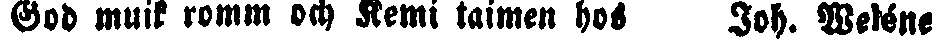
God muik romm och Kemi taimen hos Joh. Weléne.